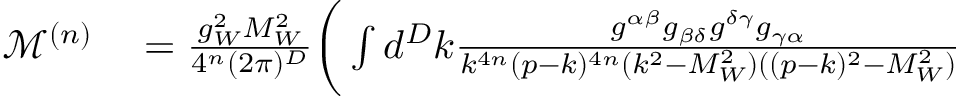
\begin{array} { r l } { \mathcal { M } ^ { ( n ) } } & { { } = \frac { g _ { W } ^ { 2 } M _ { W } ^ { 2 } } { 4 ^ { n } ( 2 \pi ) ^ { D } } \bigg ( \int d ^ { D } k \frac { g ^ { \alpha \beta } g _ { \beta \delta } g ^ { \delta \gamma } g _ { \gamma \alpha } } { k ^ { 4 n } ( p - k ) ^ { 4 n } ( k ^ { 2 } - M _ { W } ^ { 2 } ) ( ( p - k ) ^ { 2 } - M _ { W } ^ { 2 } ) } } \end{array}